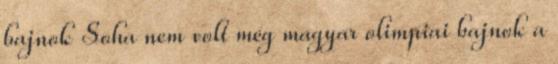
bajnok Soha nem volt még magyar olimpiai bajnok a